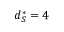
d _ { S } ^ { * } = 4